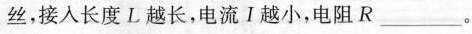
丝，接入长度L越长，电流Ⅰ越小，电阻R___